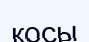
қосы